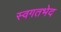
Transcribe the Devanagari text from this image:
स्वगतभेद